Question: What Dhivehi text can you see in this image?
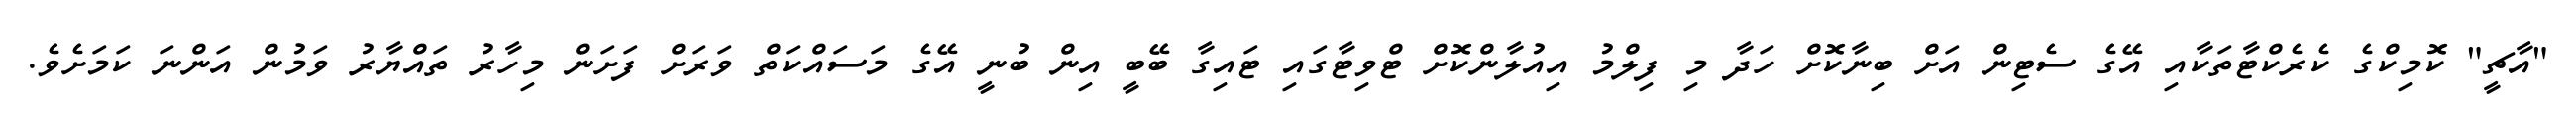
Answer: "އާޗީ" ކޮމިކްގެ ކެރެކްޓާތަކާއި އޭގެ ސެޓިން އަށް ބިނާކޮށް ހަދާ މި ފިލްމު އިއުލާންކޮށް ޓްވިޓާގައި ޓައިގާ ބޭބީ އިން ބުނީ އޭގެ މަސައްކަތް ވަރަށް ފަށަން މިހާރު ތައްޔާރު ވަމުން އަންނަ ކަމަށެވެ.